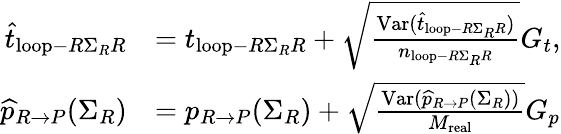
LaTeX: \begin{array}{rl}{\widehat{t}_{\mathrm{loop}-R\Sigma_{R}R}}&{=t_{\mathrm{loop}-R\Sigma_{R}R}+\sqrt{\frac{\mathrm{Var}(\widehat{t}_{\mathrm{loop}-R\Sigma_{R}R})}{n_{\mathrm{loop}-R\Sigma_{R}R}}}G_{t},}\\ {\widehat{p}_{R\rightarrow P}(\Sigma_{R})}&{=p_{R\rightarrow P}(\Sigma_{R})+\sqrt{\frac{\mathrm{Var}(\widehat{p}_{R\rightarrow P}(\Sigma_{R}))}{M_{\mathrm{real}}}}G_{p}}\end{array}